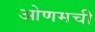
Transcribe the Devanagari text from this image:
ओणमची